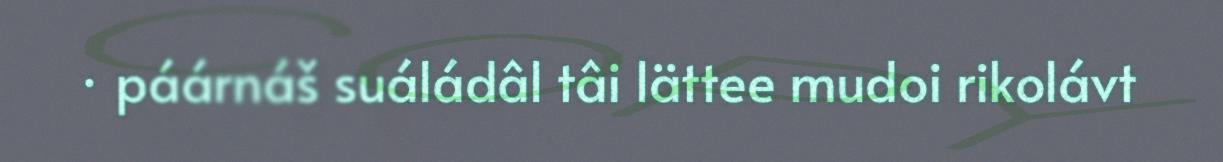
· páárnáš suáládâl tâi lättee mudoi rikolávt